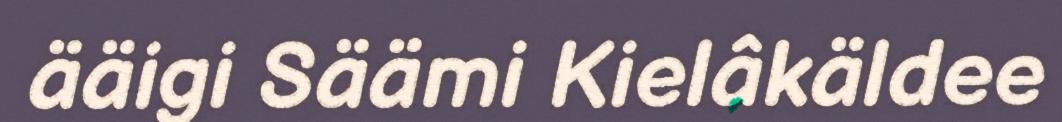
ääigi Säämi Kielâkäldee